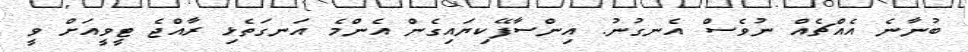
ބުނާނެ އެއްޗެއް ނުވެސް އެނގުނު. އިންސާފޭކިޔައިގެން އެންމެ އަނގަތެޅި ރާއްޖެ ޓީވީއަށް ވީ